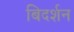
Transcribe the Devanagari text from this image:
बिदर्शन